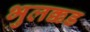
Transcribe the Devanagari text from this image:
भुलक्कड